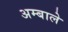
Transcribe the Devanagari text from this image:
अम्बाले